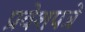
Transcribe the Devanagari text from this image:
प्रवेशपत्रे